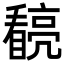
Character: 𭿧